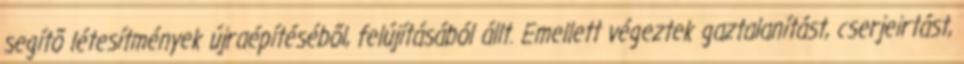
segítõ létesítmények újraépítésébõl, felújításából állt. Emellett végeztek gaztalanítást, cserjeirtást,